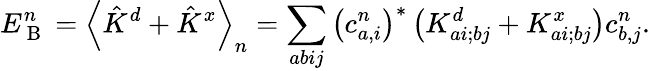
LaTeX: E_{\mathrm{~B~}}^{n}=\left\langle\hat{K}^{d}+\hat{K}^{x}\right\rangle_{n}=\sum_{abij}\left(c_{a,i}^{n}\right)^{*}\left(K_{ai;bj}^{d}+K_{ai;bj}^{x}\right)c_{b,j}^{n}.